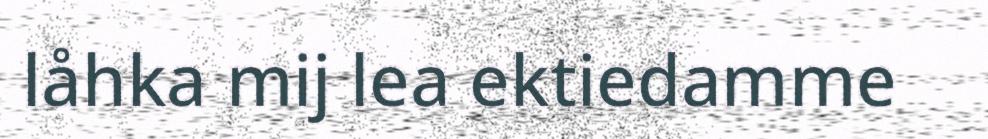
låhka mij lea ektiedamme